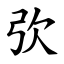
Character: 弞